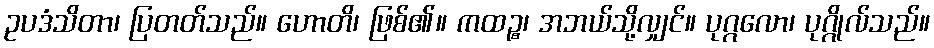
ဥပဒံသိတာ၊ ပြတတ်သည်။ ဟောတိ၊ ဖြစ်၏။ ကထဉ္စ၊ အဘယ်သို့လျှင်။ ပုဂ္ဂလော၊ ပုဂ္ဂိုလ်သည်။